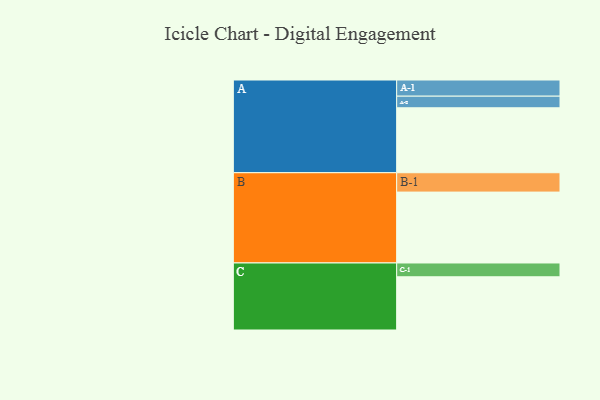
{"axis": {"x": "Segment", "y": "Value"}, "legend": ["", "A", "B", "C"], "data": [{"x": "A", "y": 470, "type": ""}, {"x": "B", "y": 513, "type": ""}, {"x": "C", "y": 385, "type": ""}, {"x": "A-1", "y": 117, "type": "A"}, {"x": "A-2", "y": 84, "type": "A"}, {"x": "B-1", "y": 140, "type": "B"}, {"x": "C-1", "y": 100, "type": "C"}]}